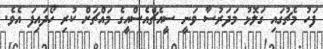
ފަހު މެޗުގައި ގަލޮޅު މަދަރުސާ ވަނީ ސީއެޗްއެސްއީގެ މައްޗަށް ކުރި ހޯދައިފަ އެވެ.